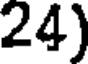
24)